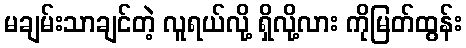
မချမ်းသာချင်တဲ့ လူရယ်လို့ ရှိလို့လား ကိုမြတ်ထွန်း